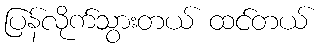
ပြန်လိုက်သွားတယ် ထင်တယ်